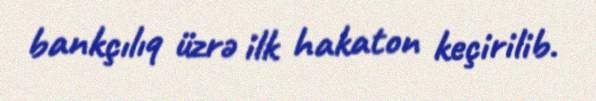
bankçılıq üzrə ilk hakaton keçirilib.